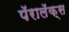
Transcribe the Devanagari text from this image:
पॅरालॅक्स